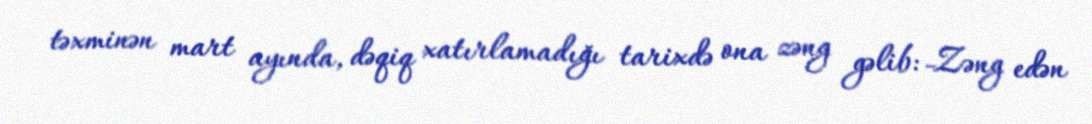
təxminən mart ayında, dəqiq xatırlamadığı tarixdə ona zəng gəlib: -Zəng edən